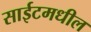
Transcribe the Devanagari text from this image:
साईटमधील